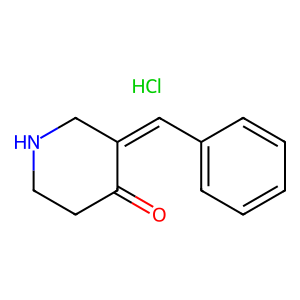
SMILES: Cl.O=C1CCNCC1=Cc1ccccc1
Inhibits HIV replication: No